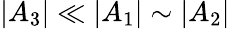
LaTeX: |A_{3}|\ll|A_{1}|\sim|A_{2}|